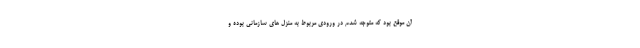
آن موقع بود که متوجه شدم در ورودی مربوط به منزل های سازمانی بوده و